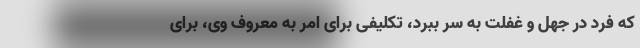
که فرد در جهل و غفلت به سر ببرد، تکلیفی برای امر به معروف وی، برای